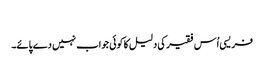
‏
فریسی اُس فقیر کی دلیل کا کوئی جواب نہیں دے پائے۔